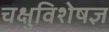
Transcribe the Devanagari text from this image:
चक्षुविशेषज्ञ